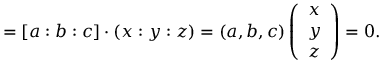
= [ a : b : c ] \cdot ( x : y : z ) = ( a , b , c ) \left( { \begin{array} { l } { x } \\ { y } \\ { z } \end{array} } \right) = 0 .